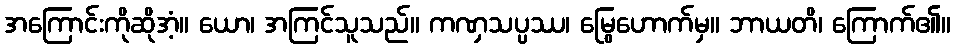
အကြောင်းကိုဆိုအံ့။ ယော၊ အကြင်သူသည်။ ကဏှသပ္ပဿ၊ မြွေဟောက်မှ။ ဘာယတိ၊ ကြောက်၏။